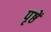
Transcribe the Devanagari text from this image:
पृष्ठें